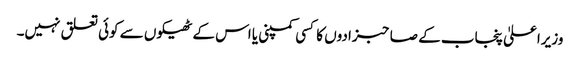
وزیراعلیٰ پنجاب کے صاحبزادوں کا کسی کمپنی یا اس کے ٹھیکوں سے کوئی تعلق نہیں۔